Report of the Indian Hemp Drugs Commission, 1894-1895 - Volume V
Year: 1894
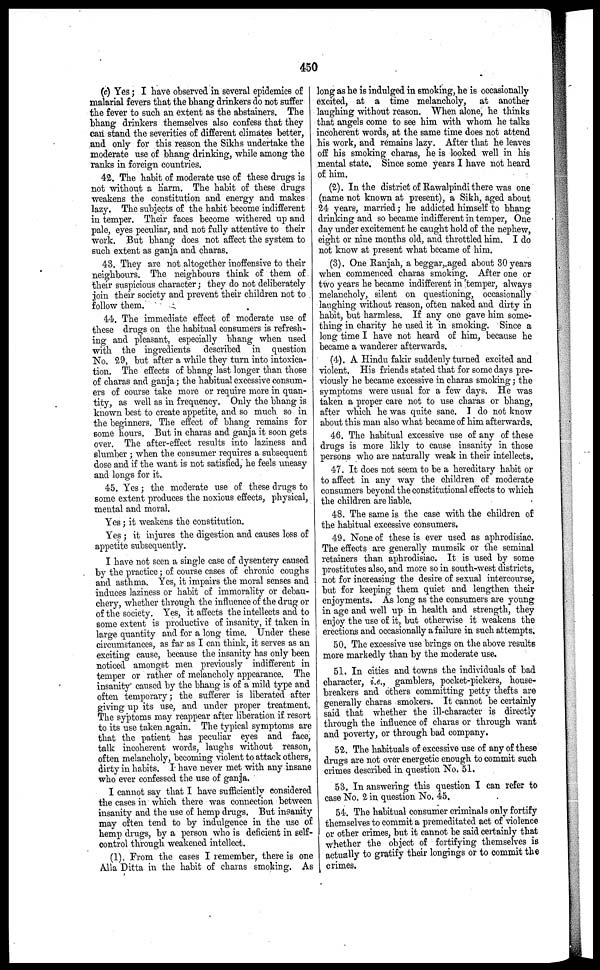
450
(c) Yes; I have observed in several epidemics of
malarial fevers that the bhang drinkers do not suffer
the fever to such an extent as the abstainers. The
bhang drinkers themselves also confess that they
can stand the severities of different climates better,
and only for this reason the Sikhs undertake the
moderate use of bhang drinking, while among the
ranks in foreign countries.
42. The habit of moderate use of these drugs is
not without a harm. The habit of these drugs
weakens the constitution and energy and makes
lazy. The subjects of the habit become indifferent
in temper. Their faces become withered up and
pale, eyes peculiar, and not fully attentive to their
work. But bhang does not affect the system to
such extent as ganja and charas.
43. They are not altogether inoffensive to their
neighbours. The neighbours think of them of
their suspicious character; they do not deliberately
join their society and prevent their children not to
follow them.
44. The immediate effect of moderate use of
these drugs on the habitual consumers is refresh-
ing and pleasant, especially bhang when used
with the ingredients described in question
No. 29, but after a while they turn into intoxica-
tion. The effects of bhang last longer than those
of charas and ganja; the habitual excessive consum-
ers of course take more or require more in quan-
tity, as well as in frequency. Only the bhang is
known best to create appetite, and so much so in
the beginners. The effect of bhang remains for
some hours. But in charas and ganja it soon gets
over. The after-effect results into laziness and
slumber ; when the consumer requires a subsequent
dose and if the want is not satisfied, he feels uneasy
and longs for it.
45. Yes; the moderate use of these drugs to
some extent produces the noxious effects, physical,
mental and moral.
Yes ; it weakens the constitution.
Yes ; it injures the digestion and causes loss of
appetite subsequently.
I have not seen a single case of dysentery caused
by the practice; of course cases of chronic coughs
and asthma. Yes, it impairs the moral senses and
induces laziness or habit of immorality or debau-
chery, whether through the influence of the drug or
of the society. Yes, it affects the intellects and to
some extent is productive of insanity, if taken in
large quantity and for a long time. Under these
circumstances, as far as I can think, it serves as an
exciting cause, because the insanity has only been
noticed amongst men previously indifferent in
temper or rather of melancholy appearance. The
insanity caused by the bhang is of a mild type and
often temporary; the sufferer is liberated after
giving up its use, and under proper treatment.
The syptoms may reappear after liberation if resort
to its use taken again. The typical symptoms are
that the patient has peculiar eyes and face,
talk incoherent words, laughs without reason,
often melancholy, becoming violent to attack others,
dirty in habits. I have never met with any insane
who ever confessed the use of ganja.
I cannot say that I have sufficiently considered
the cases in which there was connection between
insanity and the use of hemp drags. But insanity
may often tend to by indulgence in the use of
hemp drugs, by a person who is deficient in self-
control through weakened intellect.
(1). From the cases I remember, there is one
Alla Ditta in the habit of charas smoking. As
long as he is indulged in smoking, he is occasionally
excited, at a time melancholy, at another
laughing without reason. When alone, he thinks
that angels come to see him with whom he talks
incoherent words, at the same time does not attend
his work, and remains lazy. After that he leaves
off his smoking charas, he is looked well in his
mental state. Since some years I have not heard
of him.
(2). In the district of Rawalpindi there was one
(name not known at present), a Sikh, aged about
24 years, married; he addicted himself to bhang
drinking and so became indifferent in temper, One
day under excitement he caught hold of the nephew,
eight or nine months old, and throttled him. I do
not know at present what became of him.
(3). One Ranjah, a beggar, aged about 30 years
when commenced charas smoking. After one or
two years he became indifferent in temper, always
melancholy, silent on questioning, occasionally
laughing without reason, often naked and dirty in
habit, but harmless. If any one gave him some-
thing in charity he used it in smoking. Since a
long time I have not heard of him, because he
became a wanderer afterwards.
(4). A Hindu fakir suddenly turned excited and
violent. His friends stated that for some days pre-
viously he became excessive in charas smoking; the
symptoms were usual for a few days. He was
taken a proper care not to use charas or bhang,
after which he was quite sane. I do not know
about this man also what became of him afterwards.
46. The habitual excessive use of any of these
drugs is more likly to cause insanity in those
persons who are naturally weak in their intellects.
47. It does not seem to be a hereditary habit or
to affect in any way the children of moderate
consumers beyond the constitutional effects to which
the children are liable.
48. The same is the case with the children of
the habitual excessive consumers.
49. None of these is ever used as aphrodisiac.
The effects are generally mumsik or the seminal
retainers than aphrodisiac. It is used by some
prostitutes also, and more so in south-west districts,
not for increasing the desire of sexual intercourse,
but for keeping them quiet and lengthen their
enjoyments. As long as the consumers are young
in age and well up in health and strength, they
enjoy the use of it, but otherwise it weakens the
erections and occasionally a failure in such attempts.
50. The excessive use brings on the above results
more markedly than by the moderate use.
51. In cities and towns the individuals of bad
character, i.e., gamblers, pocket-pickers, house-
breakers and others committing petty thefts are
generally charas smokers. It cannot be certainly
said that whether the ill-character is directly
through the influence of charas or through want
and poverty, or through bad company.
52. The habituals of excessive use of any of these
drugs are not over energetic enough to commit such
crimes described in question No. 51.
53. In answering this question I can refer to
case No. 2 in question No. 45.
54. The habitual consumer criminals only fortify
themselves to commit a premeditated act of violence
or other crimes, but it cannot be said certainly that
whether the object of fortifying themselves is
actually to gratify their longings or to commit the
crimes.